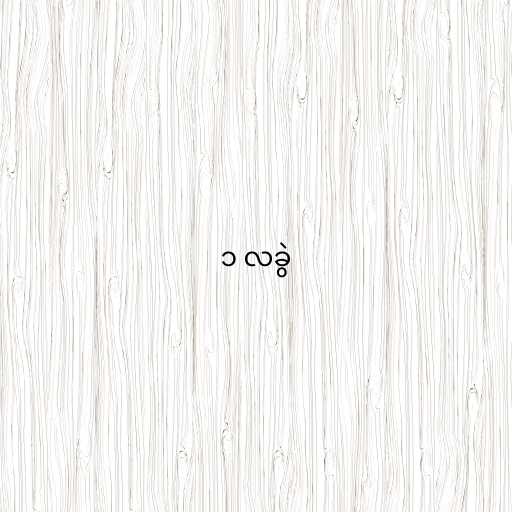
၁ လခွဲ